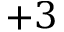
+ 3